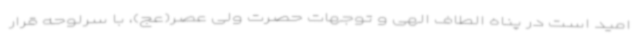
امید است در پناه الطاف الهی و توجهات حصرت ولی عصر(عج)، با سرلوحه قرار